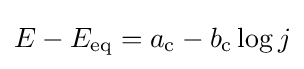
E-E_{\rm {eq}}=a_{\rm {c}}-b_{\rm {c}}\log j